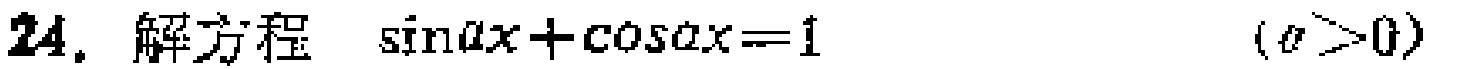
24. 解方程 $\sin ax+\cos ax = 1$  $(a>0)$